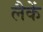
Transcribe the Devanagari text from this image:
लैकें